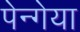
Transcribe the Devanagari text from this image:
पेन्गेया